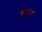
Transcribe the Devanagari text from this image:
बुंदल